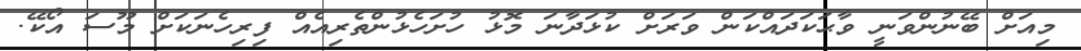
މިއަށް ބޭނުންވަނީ ވާޙަކަދައްކަން ވަރަށް ކުޅަދާނަ މޮޅު ހުށަހެޅުންތެރިއެއް ފިރިހެނަކަށް މޫސަ އޯކޭ.